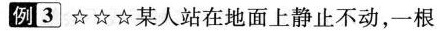
例3 ☆☆☆ 某人站在地面上静止不动，一根